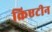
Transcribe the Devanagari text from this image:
क्रिएटीन